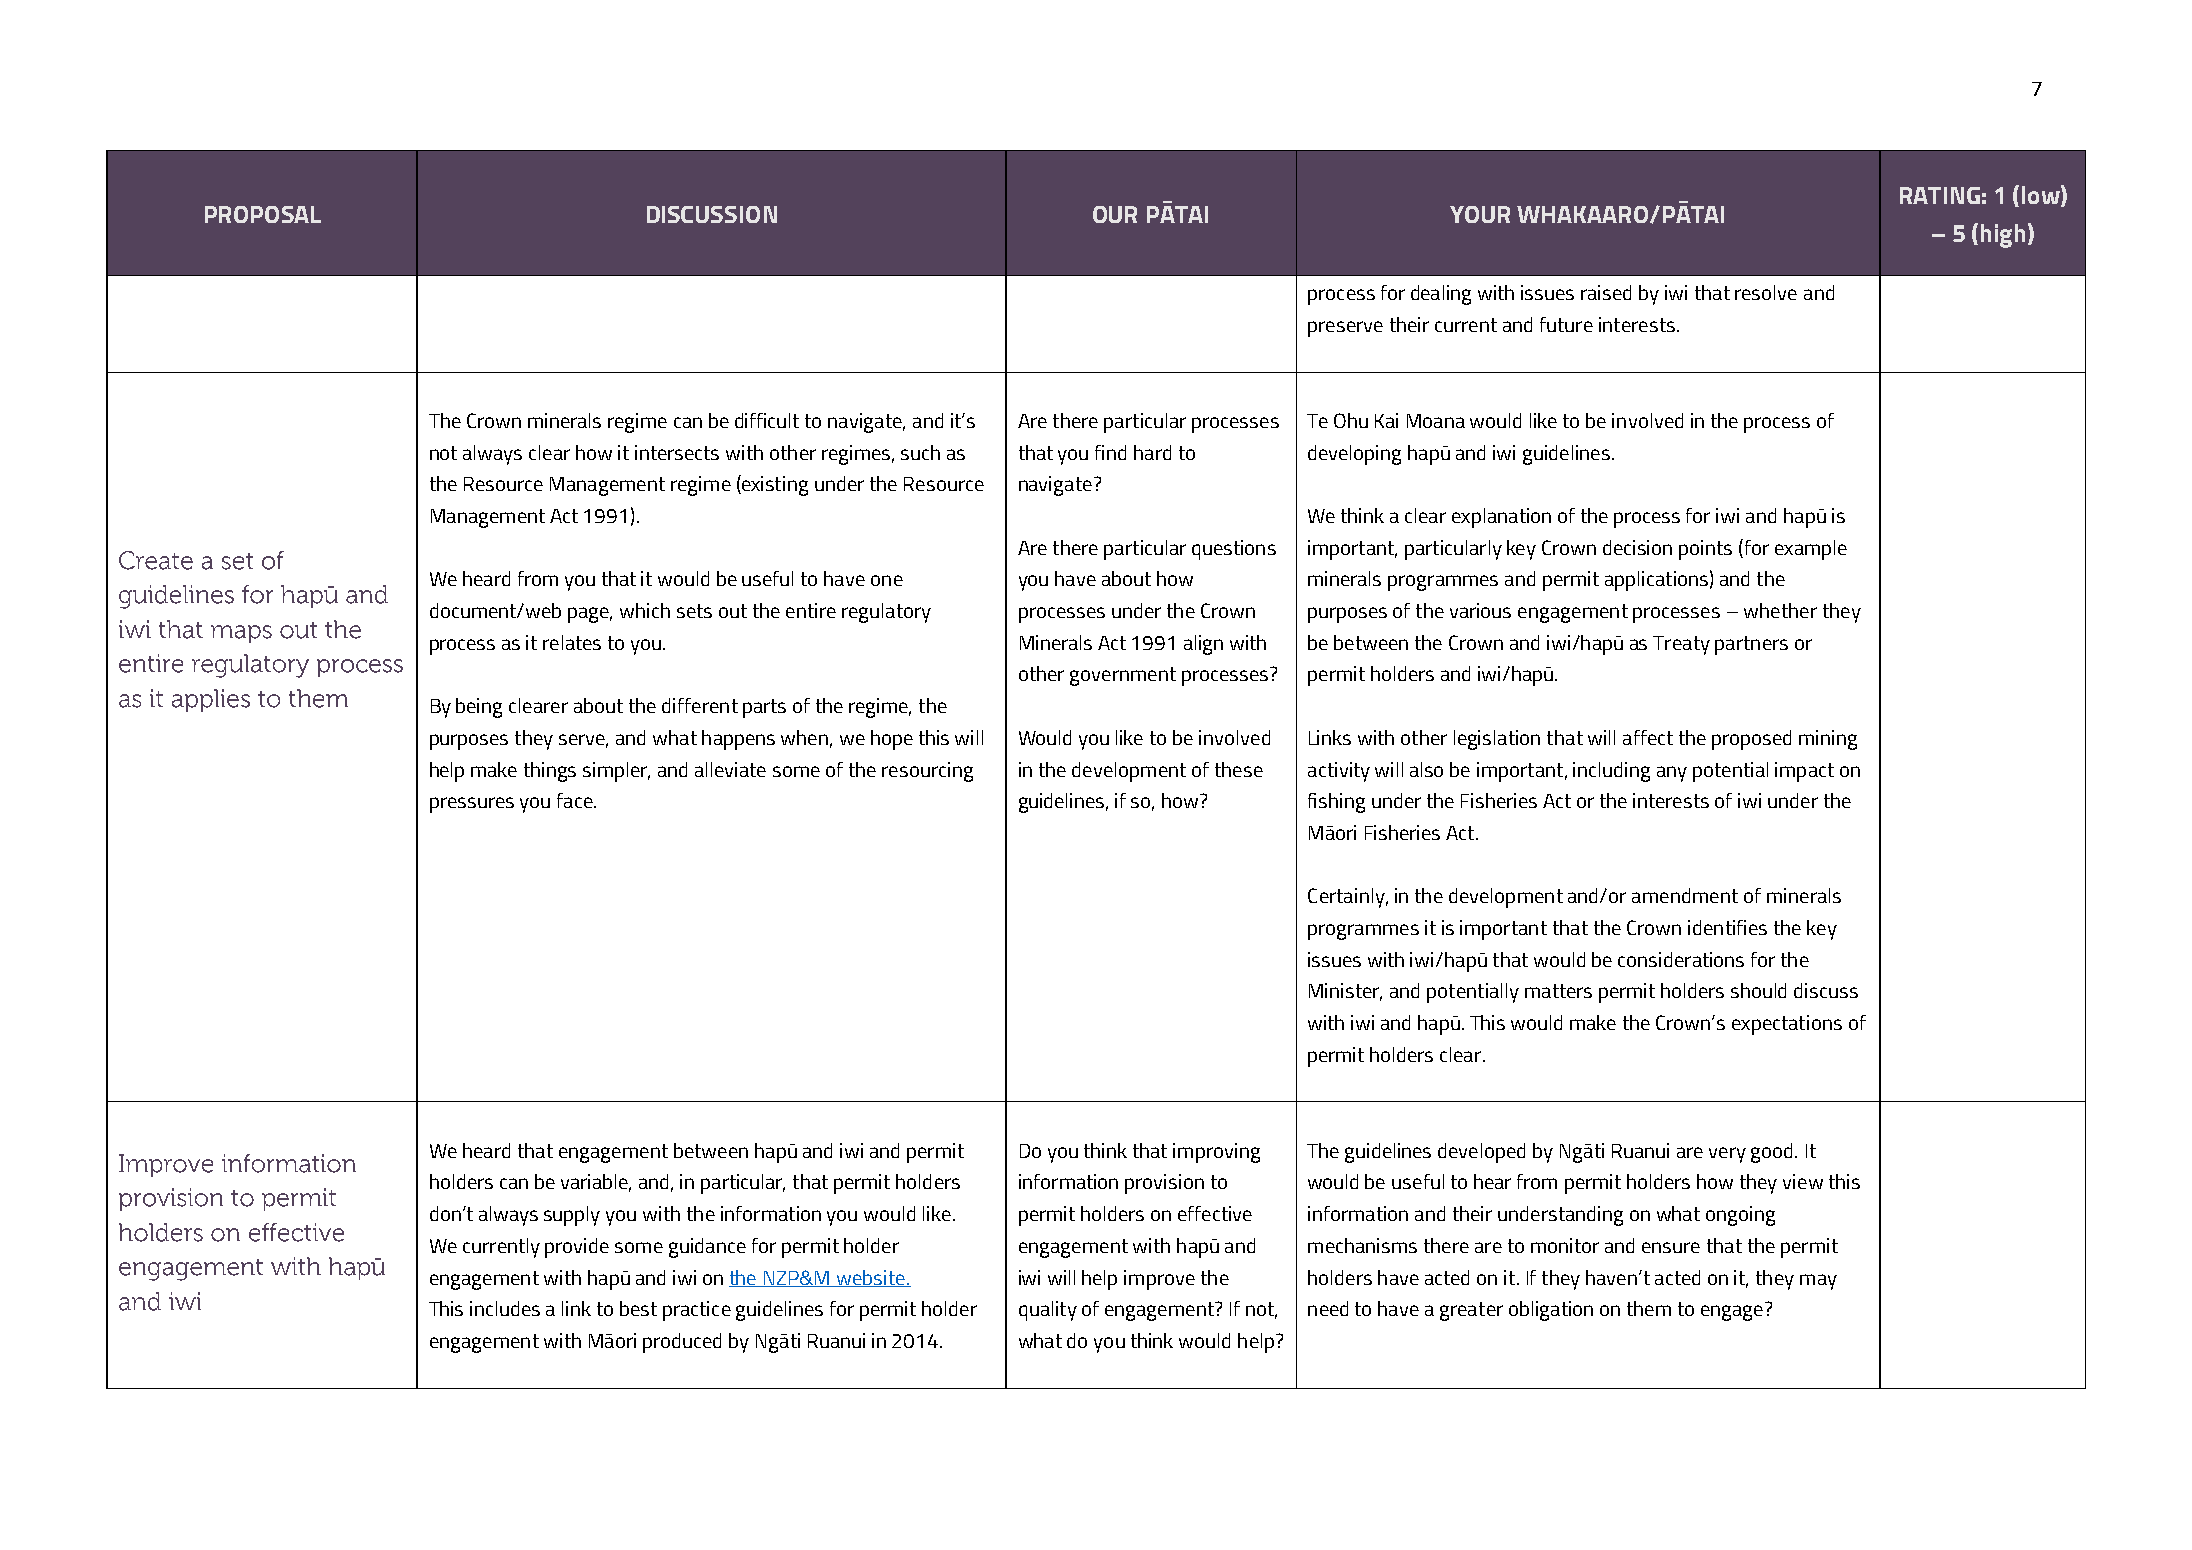
7
 RATING: 1 (low)
 PROPOSAL                      DISCUSSION                   OUR PĀTAI               YOUR WHAKAARO/PĀTAI
 –5 (high)
 process for dealing with issues raised by iwi that resolve and
 preserve their current and future interests.
 The Crown minerals regime can be difficult to navigate, and it’s Are there particular processes Te Ohu Kai Moana would like to be involved in the process of
 not always clear how it intersects with other regimes, such as that you find hard to developing hapū and iwi guidelines.
 the Resource Management regime (existing under the Resource navigate?
 Management Act 1991).                                      We think a clear explanation of the process for iwi and hapū is
 Are there particular questions important, particularly key Crown decision points (for example
 We heard from you that it would be useful to have one you have about how minerals programmes and permit applications) and the
 document/web page, which sets out the entire regulatory processes under the Crown purposes of the various engagement processes – whether they
 process as it relates to you.          Minerals Act 1991 align with be between the Crown and iwi/hapū as Treaty partners or
 other government processes? permit holders and iwi/hapū.
 By being clearer about the different parts of the regime, the
 purposes they serve, and what happens when, we hope this will Would you like to be involved Links with other legislation that will affect the proposed mining
 help make things simpler, and alleviate some of the resourcing in the development of these activity will also be important, including any potential impact on
 pressures you face.                    guidelines, if so, how? fishing under the Fisheries Act or the interests of iwi under the
 Māori Fisheries Act.
 Certainly, in the development and/or amendment of minerals
 programmes it is important that the Crown identifies the key
 issues with iwi/hapū that would be considerations for the
 Minister, and potentially matters permit holders should discuss
 with iwi and hapū. This would make the Crown’s expectations of
 permit holders clear.
 We heard that engagement between hapū and iwi and permit Do you think that improving The guidelines developed by Ngāti Ruanui are very good. It
 holders can be variable, and, in particular, that permit holders information provision to would be useful to hear from permit holders how they view this
 don’t always supply you with the information you would like. permit holders on effective information and their understanding on what ongoing
 We currently provide some guidance for permit holder engagement with hapū and mechanisms there are to monitor and ensure that the permit
 engagement with hapū and iwi on the NZP&M website. iwi will help improve the holders have acted on it. If they haven’t acted on it, they may
 This includes a link to best practice guidelines for permit holder quality of engagement? If not, need to have a greater obligation on them to engage?
 engagement with Māori produced by Ngāti Ruanui in 2014. what do you think would help?